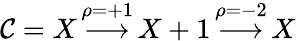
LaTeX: {\cal C}=X\, {\overset{\rho=+1}{\longrightarrow}}\, X+1\, {\overset{\rho=-2}{\longrightarrow}}\, X